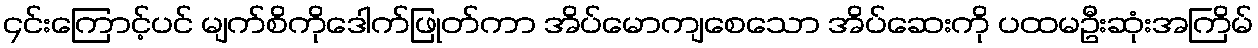
၄င်းကြောင့်ပင် မျက်စိကိုဒေါက်ဖြုတ်ကာ အိပ်မောကျစေသော အိပ်ဆေးကို ပထမဦးဆုံးအကြိမ်